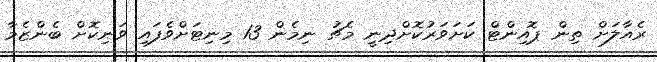
ރެއާލަށް ތިން ޕޮއިންޓް ކަށަވަރުކޮށްދިނީ މެޗު ނިމެން 13 މިނިޓަށްވެފައި ވަނިކޮށް ބެންޒެމާ